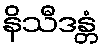
နိသီဒန္တံ